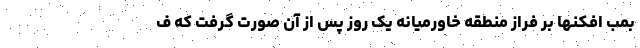
بمب افکنها بر فراز منطقه خاورمیانه یک روز پس از آن صورت گرفت که ف